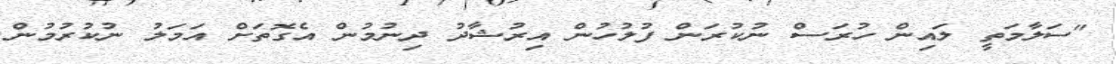
"ސަލާމަތީ ލައިން ހުރަސް ނުކުރަން ފުލުހުން އިރުޝާދު ދިނުމުން އެގޮތަށް އަމަލު ނުކުރުމުން